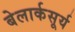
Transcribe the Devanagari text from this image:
बेलार्कसूर्य